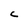
Character: C